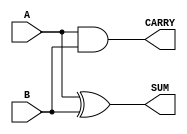
module half_adder #(
    parameter WIDTH = 1 // Parameter to define the number of input bits (default is 1)
)(
    input  [WIDTH-1:0] A, // Input A
    input  [WIDTH-1:0] B, // Input B
    output [WIDTH-1:0] SUM, // Output SUM
    output [WIDTH-1:0] CARRY // Output CARRY
);
    
    // Logic functionality for the half-adder
    assign SUM = A ^ B;    // SUM is the XOR of A and B
    assign CARRY = A & B;  // CARRY is the AND of A and B

endmodule